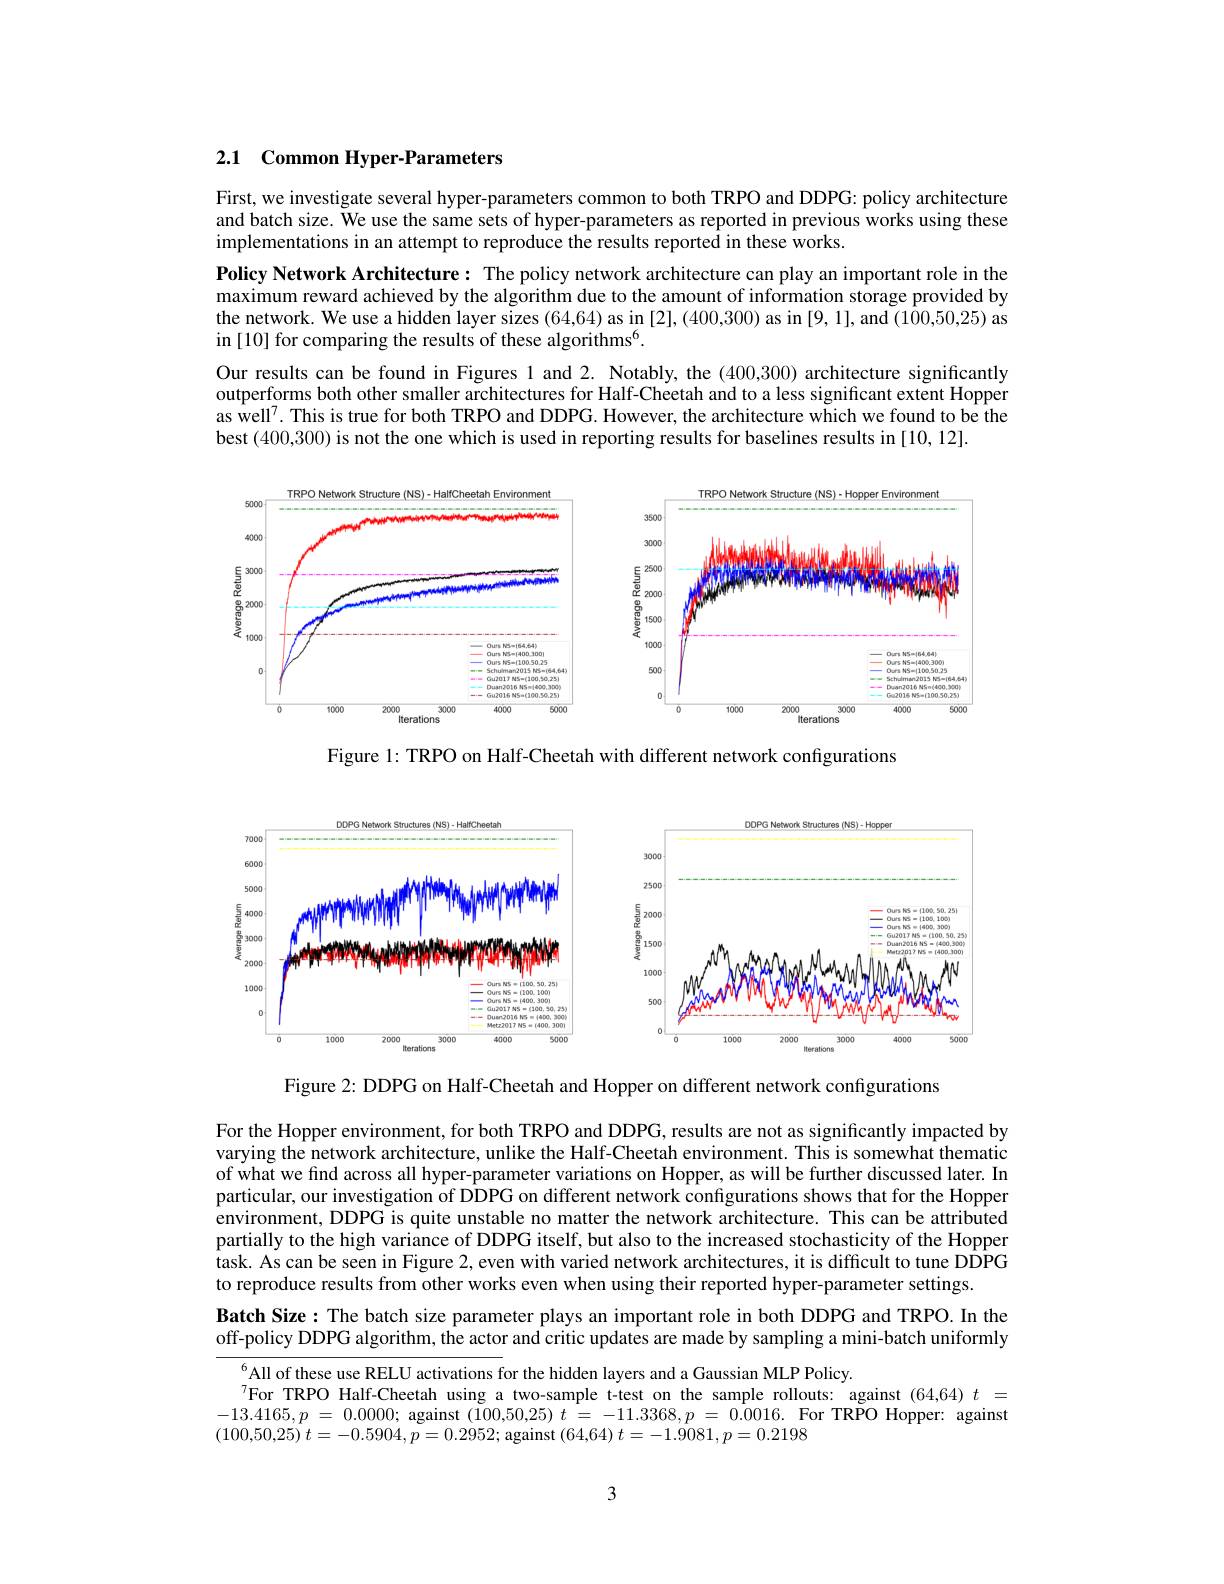
## 2.1 Common Hyper-Parameters

First, we investigate several hyper-parameters common to both TRPO and DDPG: policy architecture and batch size. We use the same sets of hyper-parameters as reported in previous works using these implementations in an attempt to reproduce the results reported in these works.

Policy Network Architecture: The policy network architecture can play an important role in the maximum reward achieved by the algorithm due to the amount of information storage provided by the network. We use a hidden layer sizes (64,64) as in [2], (400,300) as in [9,1], and (100,50,25) as in [10] for comparing the results of these algorithms$^6.$
Our results can be found in Figures 1 and 2. Notably, the (400,300) architecture significantly outperforms both other smaller architectures for Half-Cheetah and to a less significant extent Hopper as well$^{7}.$ This is true for both TRPO and DDPG. However, the architecture which we found to be the best (400,300) is not the one which is used in reporting results for baselines results in [10,12].

<FigureHere>

Figure 1: TRPO on Half-Cheetah with different network configurations

<FigureHere>

Figure 2: DDPG on Half-Cheetah and Hopper on different network configurations

For the Hopper environment, for both TRPO and DDPG, results are not as significantly impacted by varying the network architecture, unlike the Half-Cheetah environment. This is somewhat thematic of what we find across all hyper-parameter variations on Hopper, as will be further discussed later. In particular, our investigation of DDPG on different network configurations shows that for the Hopper environment, DDPG is quite unstable no matter the network architecture. This can be attributed partially to the high variance of DDPG itself, but also to the increased stochasticity of the Hopper $\hat{\text{task. As can be seen in Figure 2, even with varied network architectures, it is difficult to tune DDPG}}$ to reproduce results from other works even when using their reported hyper-parameter settings.

Batch Size : The batch size parameter plays an important role in both DDPG and TRPO. In the off-policy DDPG algorithm, the actor and critic updates are made by sampling a mini-batch uniformly

$^{6}$All of these use RELU activations for the hidden layers and a Gaussian MLP Policy.
$^{7}$For TRPO Half- Cheetah using a two- sample t- test on the sample rollouts: against ( 64, 64) t = $- 13. 4165, p$ = 0.0000; against (100,50,25) $t$ = $- 11. 3368, p$ = 0.0016. For TRPO Hopper: against (100,50,25) $t= - 0. 5904, \bar{p} = 0. 2952;$ against (64,64) $t= - 1. 9081, p= 0. 2198$

3